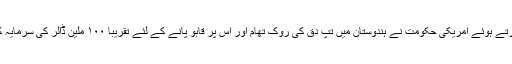
اس موقع پر ایمبسڈر ورما نے کہا ’’حکومتِ ہند اور دیگر ہندوستانی شراکت داروں کے ساتھ کام کرتے ہوئے امریکی حکومت نے ہندوستان میں تَپِ دِق کی روک تھام اور اس پر قابو پانے کے لئے تقریباََ ۱۰۰ ملین ڈالر کی سرمایہ کاری کی ہے اور گزشتہ ۱۸ برسوں میں ۱۵ ملین سے بھی زیادہ لوگوں کے علاج میں مدد کی ہے۔